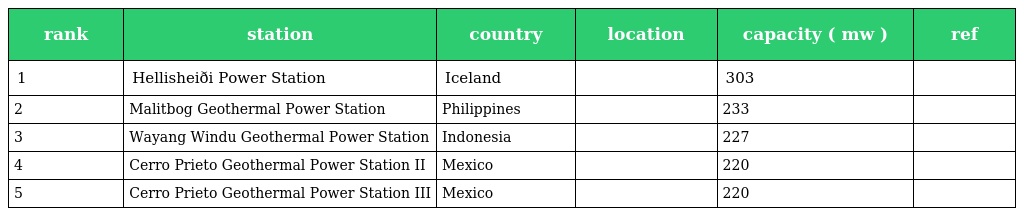
| rank | station | country | location | capacity ( mw ) | ref |
 | --- | --- | --- | --- | --- | --- |
 | 1 | Hellisheiði Power Station | Iceland |  | 303 |  |
 | 2 | Malitbog Geothermal Power Station | Philippines |  | 233 |  |
 | 3 | Wayang Windu Geothermal Power Station | Indonesia |  | 227 |  |
 | 4 | Cerro Prieto Geothermal Power Station II | Mexico |  | 220 |  |
 | 5 | Cerro Prieto Geothermal Power Station III | Mexico |  | 220 |  |